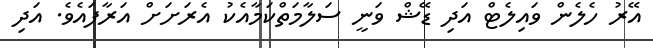
އޭރު ހެލެން ވައިލެޓް އަދި ޑޭޝް ވަނީ ސަލާމަތްކަމާއެކު އެރަށަށް އަރާފައެވެ. އަދި